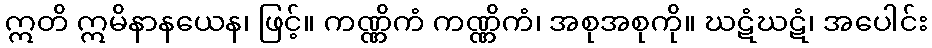
ဣတိ ဣမိနာနယေန၊ ဖြင့်။ ကဏ္ဏိကံ ကဏ္ဏိကံ၊ အစုအစုကို။ ဃဋံဃဋံ၊ အပေါင်း